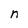
Character: n